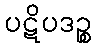
ပဋိပဒဉ္စ